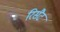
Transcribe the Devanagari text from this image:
रिसैट